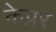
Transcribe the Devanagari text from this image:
केप्नर